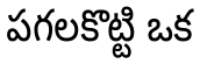
పగలకొట్టి ఒక